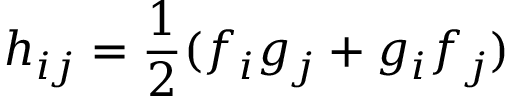
h _ { i j } = \frac { 1 } { 2 } ( f _ { i } g _ { j } + g _ { i } f _ { j } )